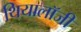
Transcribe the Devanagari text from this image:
थियालॉजी